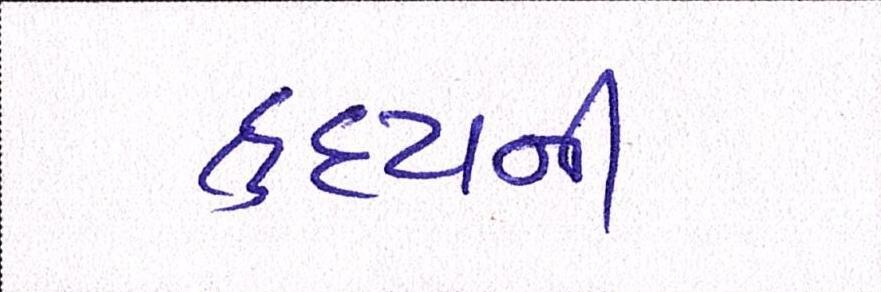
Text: હૃદયની